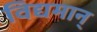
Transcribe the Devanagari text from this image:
विद्यमान्